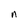
Character: n